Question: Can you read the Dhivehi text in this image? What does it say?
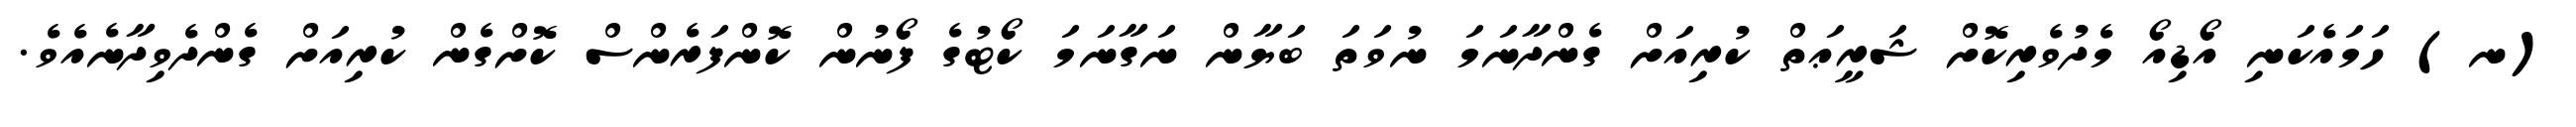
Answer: (ނ) ހަމައެކަނި އޯޑިއޯ މެދުވެރިކޮށް ޝަރީޢަތް ކުރިއަށް ގެންދާނަމަ ނުވަތަ ބަޔާން ނަގާނަމަ ކޯޓުގެ ފޯނުން ކޮންފަރެންސް ކޮށްގެން ކުރިއަށް ގެންދެވިދާނެއެވެ.